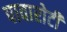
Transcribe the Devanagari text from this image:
पावारोटी